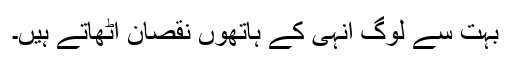
بہت سے لوگ انہی کے ہاتھوں نقصان اٹھاتے ہیں۔